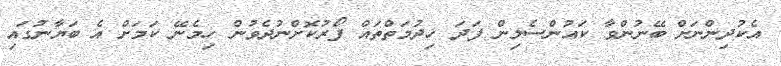
އެކުދިންނަށް ބޭނުންވާ ކައުންސެލިން ފަދަ ޚިދުމަތްތައް ފޯރުކޮށްނުދެވުން ހިމެނޭ ކަމަށް އެ ބަޔާނުގައި